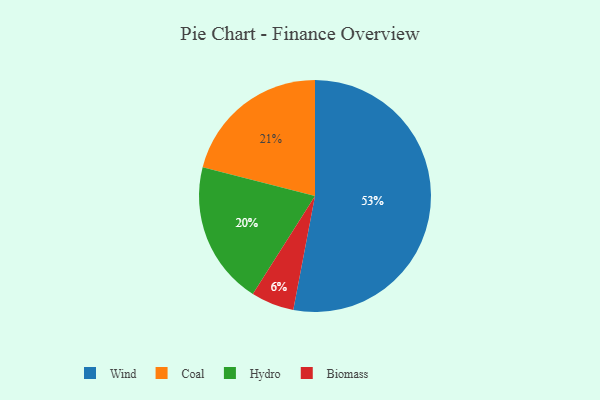
{"axis": {"x": "Category", "y": "Percentage"}, "legend": ["Biomass", "Coal", "Hydro", "Wind"], "data": [{"x": "Wind", "y": 53, "type": "Wind"}, {"x": "Coal", "y": 21, "type": "Coal"}, {"x": "Biomass", "y": 6, "type": "Biomass"}, {"x": "Hydro", "y": 20, "type": "Hydro"}]}